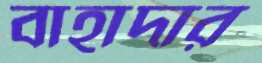
বাহাদার